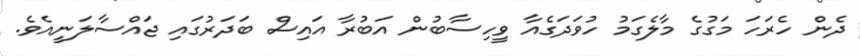
ދެން ހެރަހަ މަގުގެ މާލެގަމު ހުވަދަގެއާ ވީހިސާބުން އަބުރާ އައިސް ބަދަރުގައި ޖައްސާލަނީއެވެ.